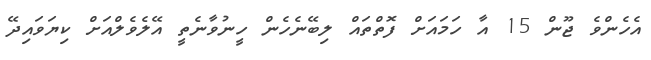
އެހެންވެ ޖޫން 15 އާ ހަމައަށް ފޮތްތައް ލިބޭނެހެން ހީނުވާނެތީ އޭލެވެލްއަށް ކިޔަވައިދޭ